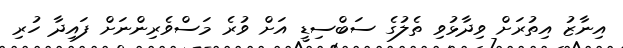
އިނާޒު އިތުރަށް ވިދާޅުވި ތެލުގެ ސަބްސިޑީ އަށް ވުރެ މަސްވެރިންނަށް ފައިދާ ހުރި